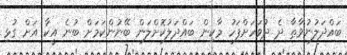
ބައްދަލުނުވާތާ ދެ ދުވަހަށްފަހު މާކިން ބައްދަލުކޮށްލަން ބޭނުންކަމަށް ބުނެ އީކާ އަށް ގުޅި